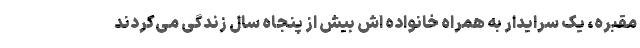
مقبره، یک سرایدار به همراه خانواده اش بیش از پنجاه سال زندگی می‌کردند